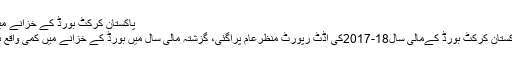
پاکستان کرکٹ بورڈ کے خزانے میں کمی -
لاہور: پاکستان کرکٹ بورڈ کےمالی سال18-2017کی آڈٹ رپورٹ منظرعام پرآگئی، گزشتہ مالی سال میں بورڈ کے خزانے میں کمی واقع ہوئی ہے۔